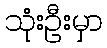
သုံးဦးမှာ